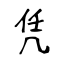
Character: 凭